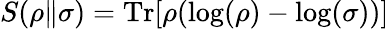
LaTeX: S(\rho\| \sigma)=\mathrm{Tr}[\rho(\log(\rho)-\log(\sigma))]